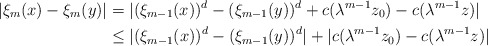
\begin{align*} |\xi_m(x)-\xi_m(y)|&=|(\xi_{m-1}(x))^d-(\xi_{m-1}(y))^d+c(\lambda^{m-1}z_0)-c(\lambda^{m-1}z)| \\ &\leq |(\xi_{m-1}(x))^d-(\xi_{m-1}(y))^d|+|c(\lambda^{m-1}z_0)-c(\lambda^{m-1}z)|\end{align*}